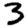
Digit: 3